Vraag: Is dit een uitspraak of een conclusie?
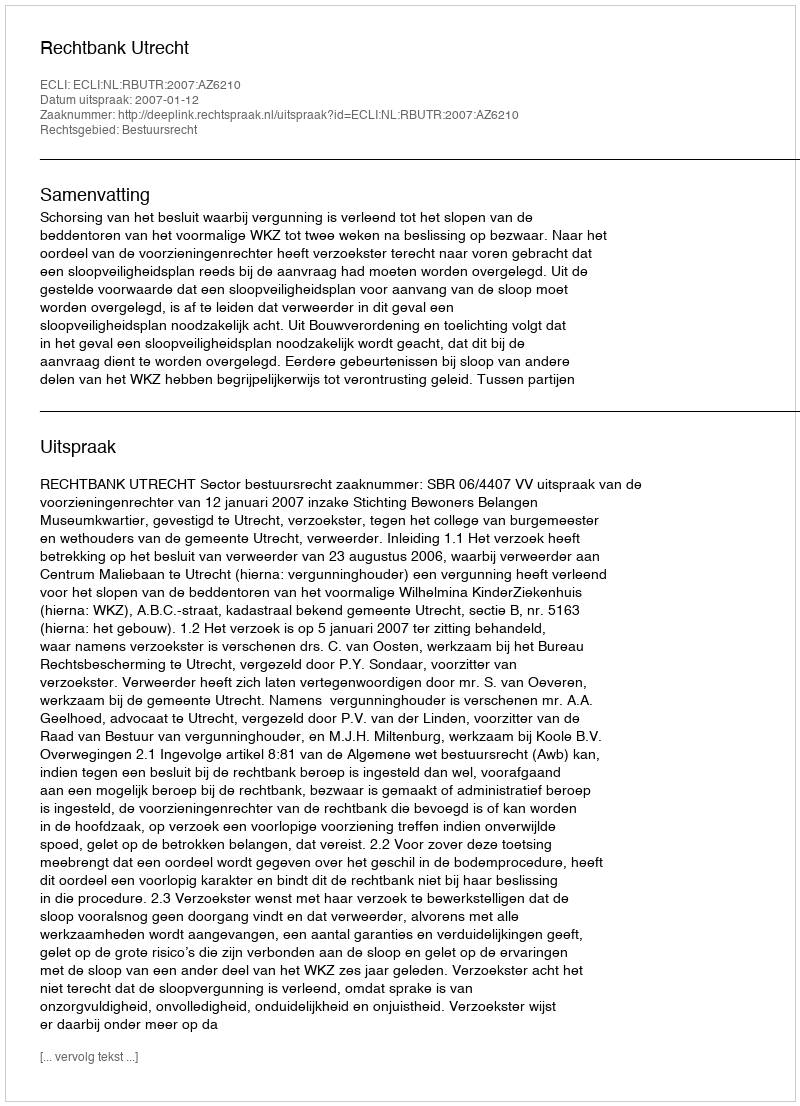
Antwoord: Uitspraak